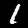
Digit: 1